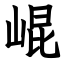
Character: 崐